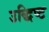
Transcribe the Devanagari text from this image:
उद्धिष्ट